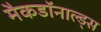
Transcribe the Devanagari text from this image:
मैकडॉनाल्ड्स